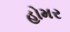
હોમર